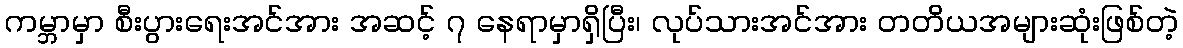
ကမ္ဘာမှာ စီးပွားရေးအင်အား အဆင့် ၇ နေရာမှာရှိပြီး၊ လုပ်သားအင်အား တတိယအများဆုံးဖြစ်တဲ့